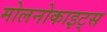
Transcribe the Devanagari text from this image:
मोलनोकाइट्स